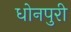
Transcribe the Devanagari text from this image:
धोनपुरी